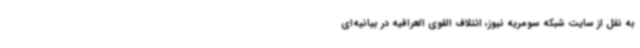
به نقل از سایت شبکه سومریه نیوز، ائتلاف القوی العراقیه در بیانیه‌ای